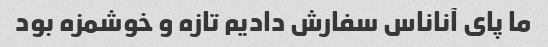
ما پای آناناس سفارش دادیم تازه و خوشمزه بود